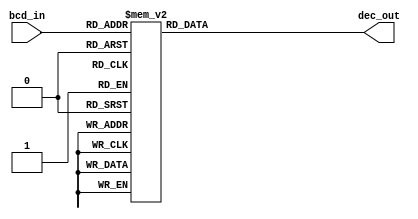
module BCD_decoder(
    input [3:0] bcd_in,
    output reg [3:0] dec_out
);

always @(*)
begin
    case(bcd_in)
        4'b0000: dec_out = 4'b0000;
        4'b0001: dec_out = 4'b0001;
        4'b0010: dec_out = 4'b0010;
        4'b0011: dec_out = 4'b0011;
        4'b0100: dec_out = 4'b0100;
        4'b0101: dec_out = 4'b0101;
        4'b0110: dec_out = 4'b0110;
        4'b0111: dec_out = 4'b0111;
        4'b1000: dec_out = 4'b1000;
        4'b1001: dec_out = 4'b1001;
        default: dec_out = 4'b0000;
    endcase
end

endmodule